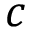
c